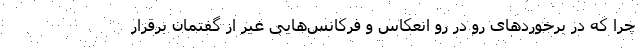
چرا که در برخوردهای رو در رو انعکاس و فرکانس‌هایی غیر از گفتمان برقرار